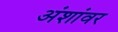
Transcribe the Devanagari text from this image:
अंशांवर